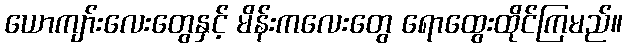
ယောကျာ်းလေးတွေနှင့် မိန်းကလေးတွေ ရောထွေးထိုင်ကြမည်။